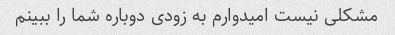
مشکلی نیست امیدوارم به زودی دوباره شما را ببینم